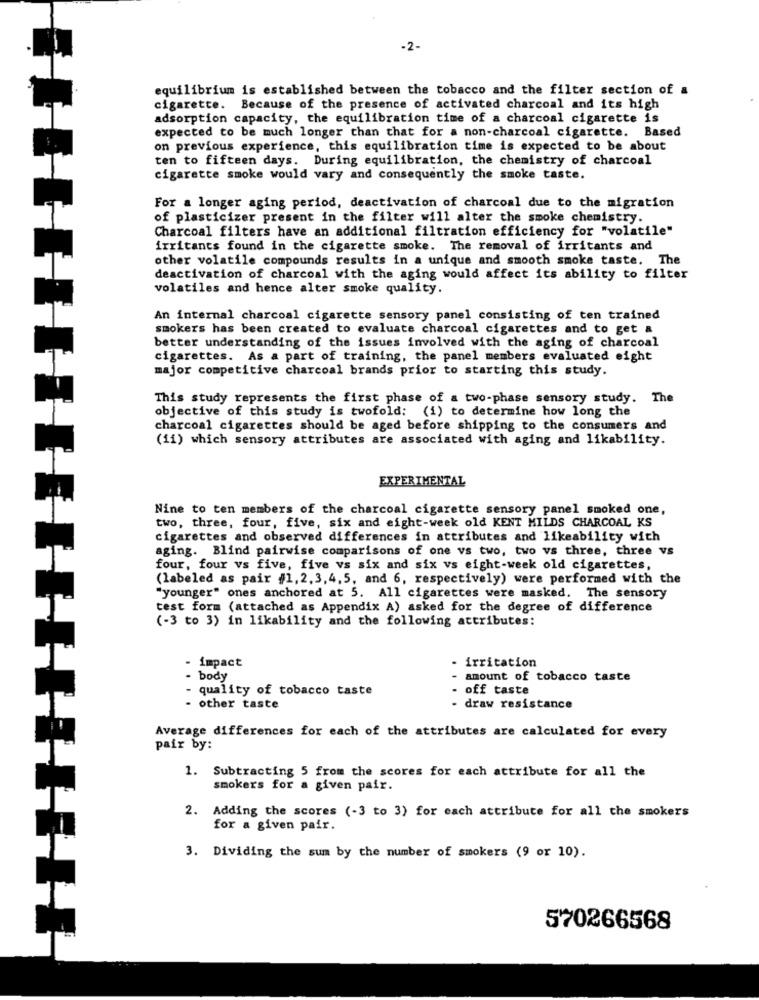
-2-
equilibrium is established between the tobacco and the filter section of a
cigarette. Because of the presence of activated charcoal and its high
adsorption capacity, the equilibration time of a charcoal cigarette is
expected to be much longer than that for a non-charcoal cigarette. Based
on previous experience, this equilibration time is expected to be about
ten to fifteen days. During equilibration, the chemistry of charcoal
cigarette smoke would vary and consequently the smoke taste.
For a longer aging period, deactivation of charcoal due to the migration
of plasticizer present in the filter will alter the smoke chemistry.
Charcoal filters have an additional filtration efficiency for "volatile"
irritants found in the cigarette smoke. The removal of irritants and
other volatile compounds results in a unique and smooth smoke taste. The
deactivation of charcoal with the aging would affect its ability to filter
volatiles and hence alter smoke quality.
An internal charcoal cigarette sensory panel consisting of ten trained
smokers has been created to evaluate charcoal cigarettes and to get a
better understanding of the issues involved with the aging of charcoal
cigarettes. As a part of training, the panel members evaluated eight
major competitive charcoal brands prior to starting this study.
This study represents the first phase of a two-phase sensory study. The
objective of this study is twofold: (1) to determine how long the
charcoal cigarettes should be aged before shipping to the consumers and
(11) which sensory attributes are associated with aging and likability.
EXPERIMENTAL
Nine to ten members of the charcoal cigarette sensory panel smoked one,
two, three, four, five, six and eight-week old KENT MILDS CHARCOAL KS
cigarettes and observed differences in attributes and likeability with
aging. Blind pairwise comparisons of one vs two, two vs three, three vs
four, four vs five, five vs six and six vs eight-week old cigarettes,
(labeled as pair #1,2,3,4,5, and 6, respectively) were performed with the
"younger" ones anchored at 5. All cigarettes were masked. The sensory
test form (attached as Appendix A) asked for the degree of difference
(-3 to 3) in likability and the following attributes:
- impact
irritation
- body
- amount of tobacco taste
- quality of tobacco taste
- off taste
- other taste
- draw resistance
Average differences for each of the attributes are calculated for every
pair by:
1. Subtracting 5 from the scores for each attribute for all the
smokers for a given pair.
2. Adding the scores (-3 to 3) for each attribute for all the smokers
for a given pair.
3. Dividing the sum by the number of smokers (9 or 10).
570266568